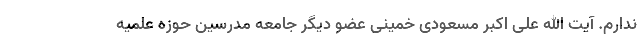
ندارم. آیت الله علی اکبر مسعودی خمینی عضو دیگر جامعه مدرسین حوزه علمیه